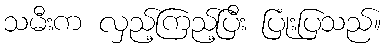
သမီးက လှည့်ကြည့်ပြီး ပြုံးပြသည်။